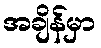
အချိန်မှာ